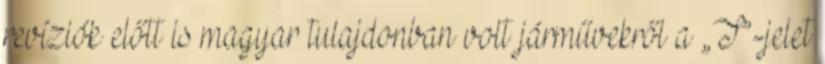
revíziók előtt is magyar tulajdonban volt járművekről a „T”-jelet